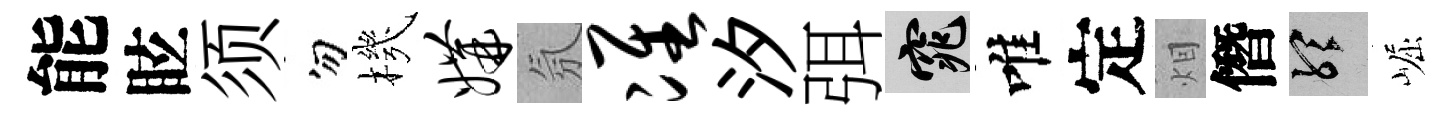
能眩须勿機媾氛准汐弭窕唯定𤇆僭聽崛